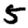
Digit: 5